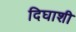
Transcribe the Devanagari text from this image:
दिघाशी